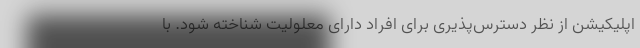
اپلیکیشن از نظر دسترس‌پذیری برای افراد دارای معلولیت شناخته شود. با